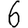
Digit: 6